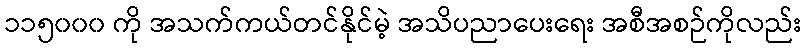
၁၁၅၀၀၀ ကို အသက်ကယ်တင်နိုင်မဲ့ အသိပညာပေးရေး အစီအစဉ်ကိုလည်း